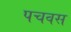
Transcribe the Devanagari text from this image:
पचवस